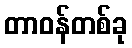
တာဝန်တစ်ခု